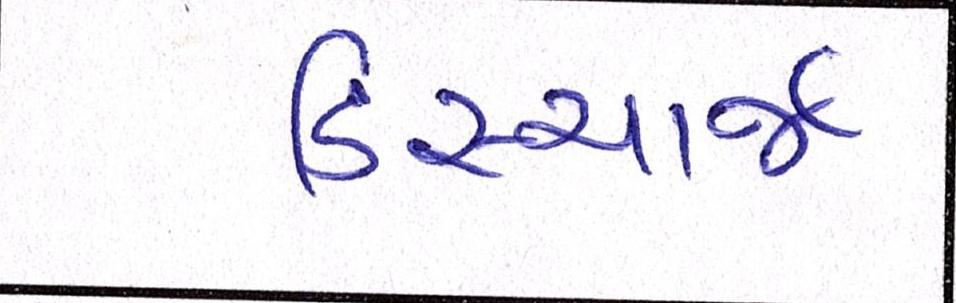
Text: ડિસ્ચાર્જ